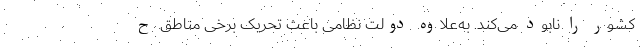
کشور را نابود می‌کند. به‌علاوه دولت نظامی باعث تحریک برخی مناطق ح